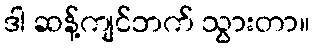
ဒါ ဆန့်ကျင်ဘက် သွားတာ။